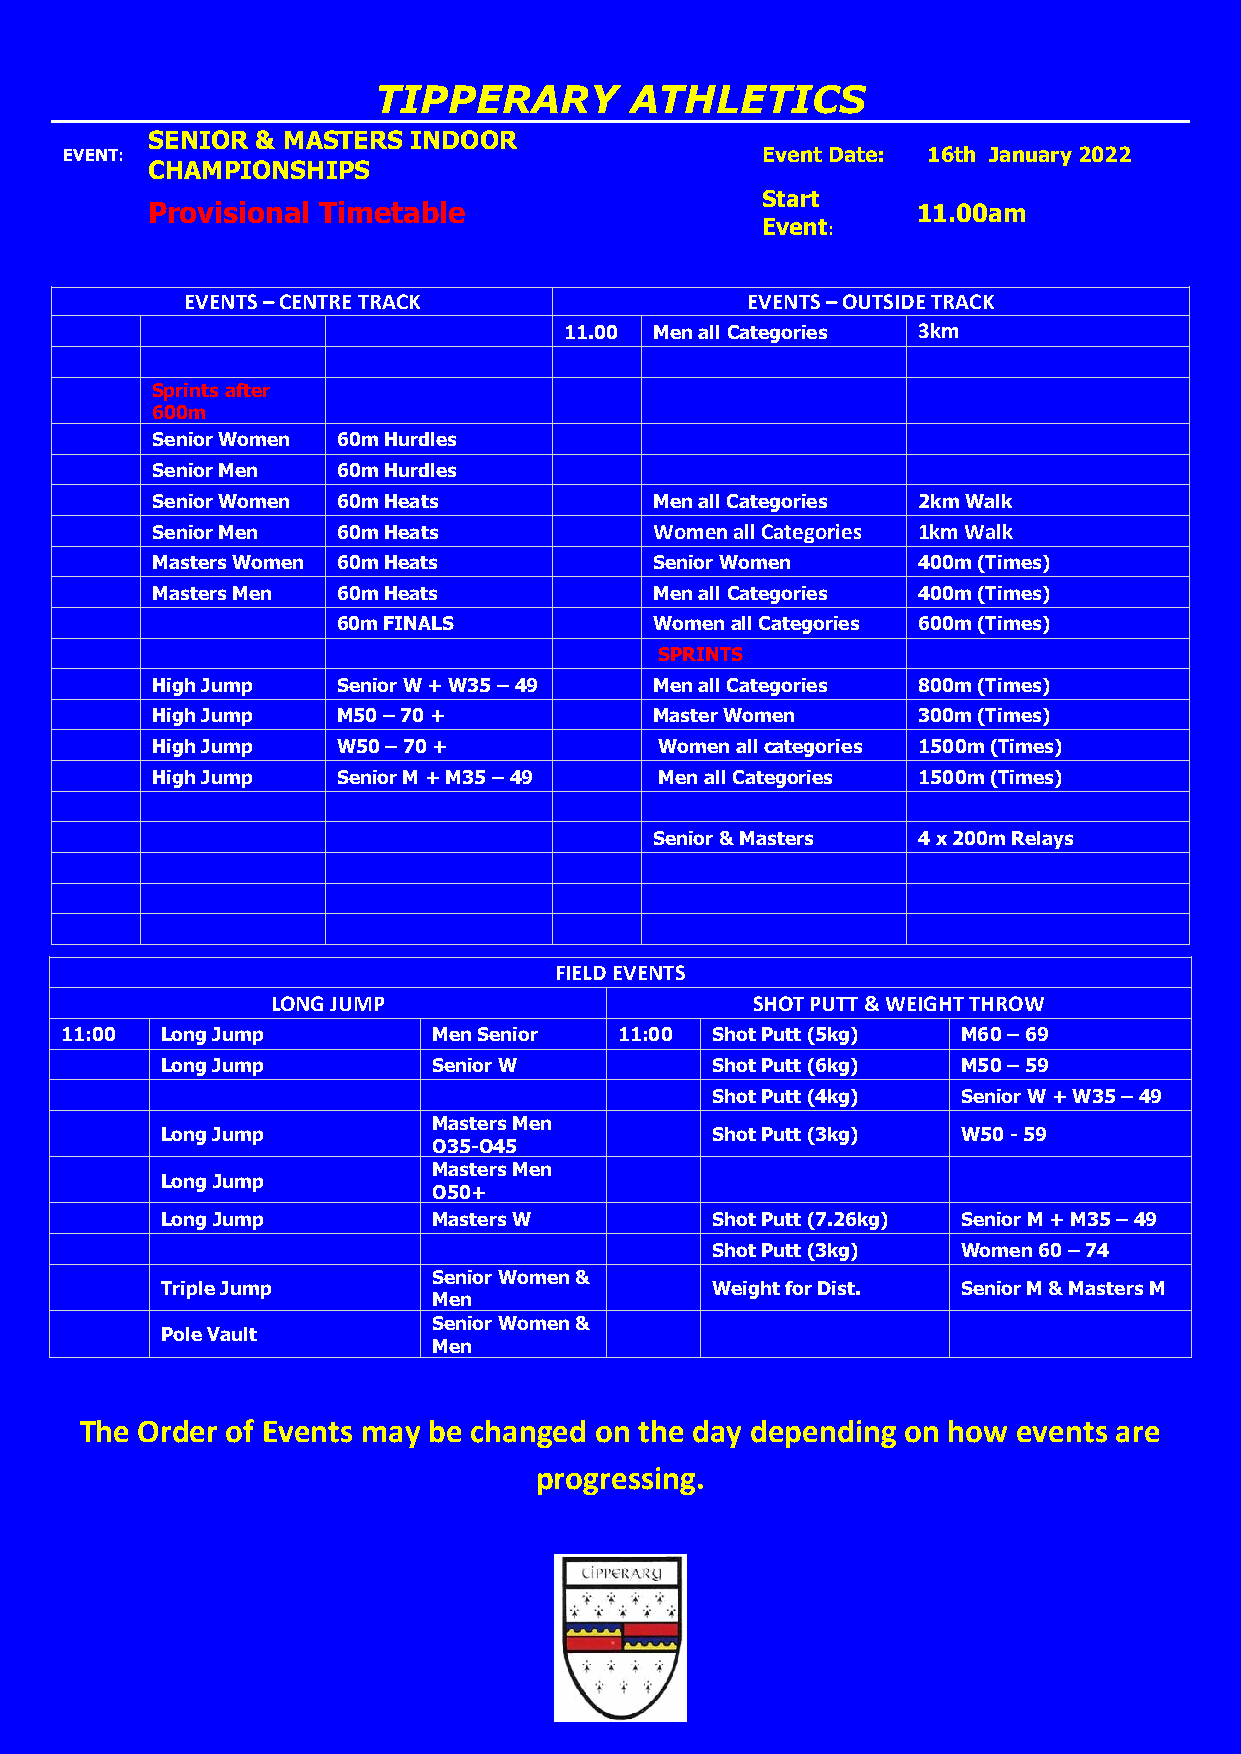
TIPPERARY        ATHLETICS
 SENIOR & MASTERS INDOOR
 EVENT:                                        Event Date: 16th January 2022
 CHAMPIONSHIPS
 Start
 Provisional Timetable                              11.00am
 Event:
 EVENTS – CENTRE TRACK                EVENTS – OUTSIDE TRACK
 11.00 Men all Categories 3km
 Sprints after
 600m
 Senior Women 60m Hurdles
 Senior Men  60m Hurdles
 Senior Women 60m Heats           Men all Categories 2km Walk
 Senior Men  60m Heats            Women all Categories 1km Walk
 Masters Women 60m Heats          Senior Women      400m (Times)
 Masters Men 60m Heats            Men all Categories 400m (Times)
 60m FINALS           Women all Categories 600m (Times)
 SPRINTS
 High Jump   Senior W + W35 – 49  Men all Categories 800m (Times)
 High Jump   M50 – 70 +           Master Women      300m (Times)
 High Jump   W50 – 70 +            Women all categories 1500m (Times)
 High Jump   Senior M + M35 – 49   Men all Categories 1500m (Times)
 Senior & Masters  4 x 200m Relays
 FIELD EVENTS
 LONG JUMP                       SHOT PUTT & WEIGHT THROW
 11:00  Long Jump         Men Senior  11:00 Shot Putt (5kg)  M60 – 69
 Long Jump         Senior W          Shot Putt (6kg)  M50 – 59
 Shot Putt (4kg)  Senior W + W35 – 49
 Masters Men
 Long Jump                           Shot Putt (3kg)  W50 - 59
 O35-O45
 Masters Men
 Long Jump
 O50+
 Long Jump         Masters W         Shot Putt (7.26kg) Senior M + M35 – 49
 Shot Putt (3kg)  Women 60 – 74
 Senior Women &
 Triple Jump                         Weight for Dist. Senior M & Masters M
 Men
 Senior Women &
 Pole Vault
 Men
 The Order of Events may be changed on the day depending on how events are
 progressing.